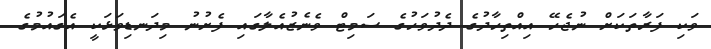
ވަކި ފަރާތަކަށް ނުޖެހޭ އިއްތިހާދުގެ ދެދުވަހުގެ ސަމިޓް ވެނެޒުއެލާގައި ފެށުނު މިދަނޑިވަޅަކީ އެގައުމުގެ